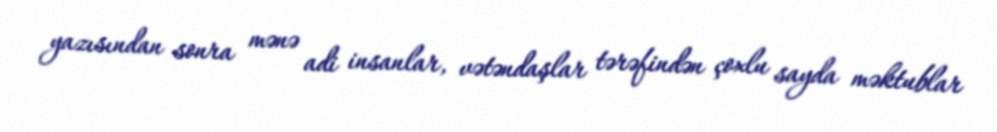
yazısından sonra mənə adi insanlar, vətəndaşlar tərəfindən çoxlu sayda məktublar